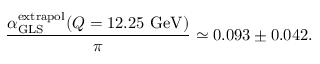
{ \frac { \alpha _ { \mathrm { G L S } } ^ { \mathrm { e x t r a p o l } } ( Q = 1 2 . 2 5 ~ \mathrm { G e V } ) } { \pi } } \simeq 0 . 0 9 3 \pm 0 . 0 4 2 .